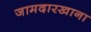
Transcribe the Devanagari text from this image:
जामदारखाना